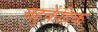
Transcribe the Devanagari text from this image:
बहुकेंद्रिक